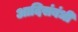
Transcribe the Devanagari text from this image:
आदिसंबंधी